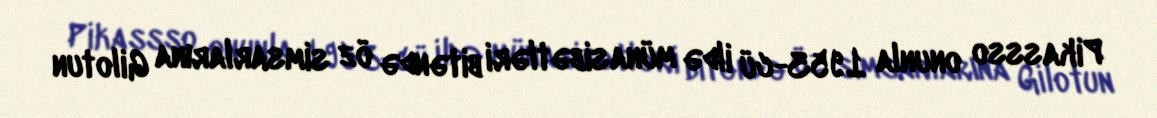
Pikassso onunla 1953-cü ildə münasibətləri bitəndə öz simsarlarına Gilotun